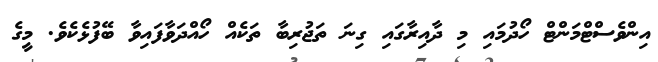
އިންވެސްޓްމަންޓް ހޯދުމައި މި ދާއިރާގައި ގިނަ ތަޖުރިބާ ތަކެއް ހޯއްދަވާފައިވާ ބޭފުޅެކެވެ. މީގެ